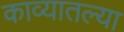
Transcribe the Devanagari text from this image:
काव्यातल्या